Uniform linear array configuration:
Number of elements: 16
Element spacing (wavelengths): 0.25
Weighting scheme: kaiser
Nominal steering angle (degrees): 60
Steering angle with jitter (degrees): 61.16
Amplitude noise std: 0.05
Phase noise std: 0.05

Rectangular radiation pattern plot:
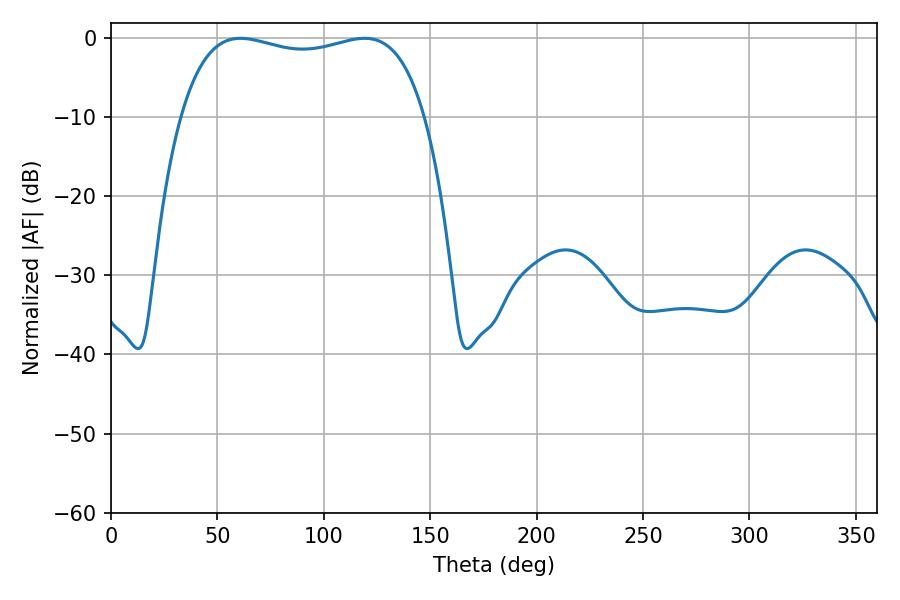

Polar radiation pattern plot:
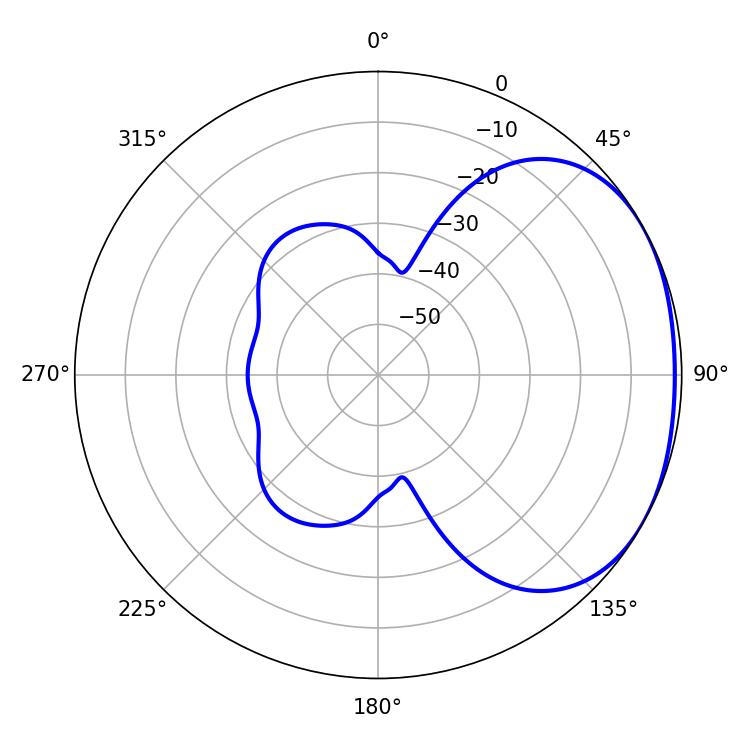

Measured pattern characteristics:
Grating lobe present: FALSE
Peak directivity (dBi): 1.877
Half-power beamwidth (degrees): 93.24
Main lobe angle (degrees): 60.84